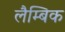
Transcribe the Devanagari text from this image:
लैम्बिक